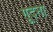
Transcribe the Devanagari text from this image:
गूदना